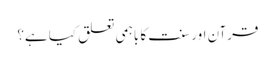
قرآن اور سنت کا باہمی تعلق کیا ہے؟